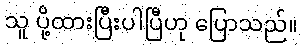
သူ ပို့ထားပြီးပါပြီဟု ပြောသည်။